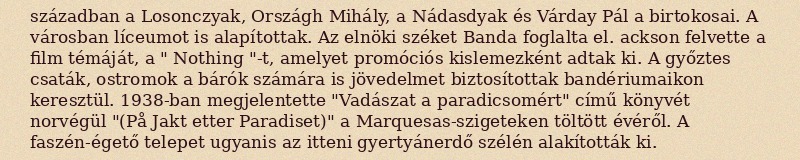
században a Losonczyak, Országh Mihály, a Nádasdyak és Várday Pál a birtokosai. A városban líceumot is alapítottak. Az elnöki széket Banda foglalta el. ackson felvette a film témáját, a " Nothing "-t, amelyet promóciós kislemezként adtak ki. A győztes csaták, ostromok a bárók számára is jövedelmet biztosítottak bandériumaikon keresztül. 1938-ban megjelentette "Vadászat a paradicsomért" című könyvét norvégül "(På Jakt etter Paradiset)" a Marquesas-szigeteken töltött évéről. A faszén-égető telepet ugyanis az itteni gyertyánerdő szélén alakították ki.